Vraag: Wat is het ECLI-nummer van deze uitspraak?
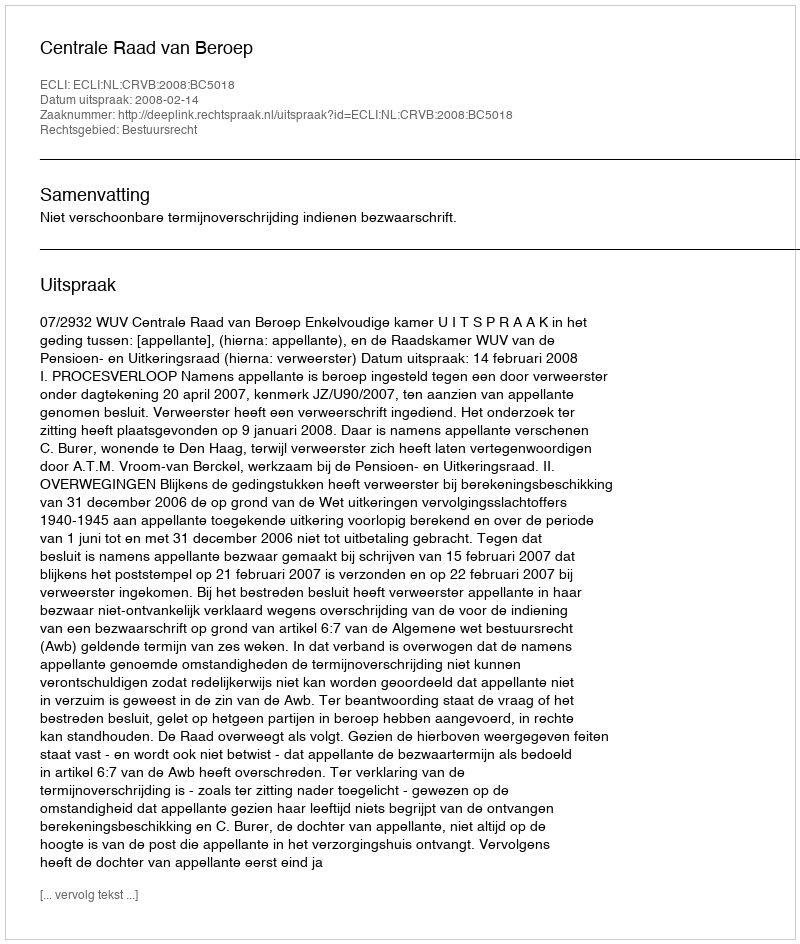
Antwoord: ECLI:NL:CRVB:2008:BC5018